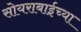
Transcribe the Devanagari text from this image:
सोयराबाईच्या